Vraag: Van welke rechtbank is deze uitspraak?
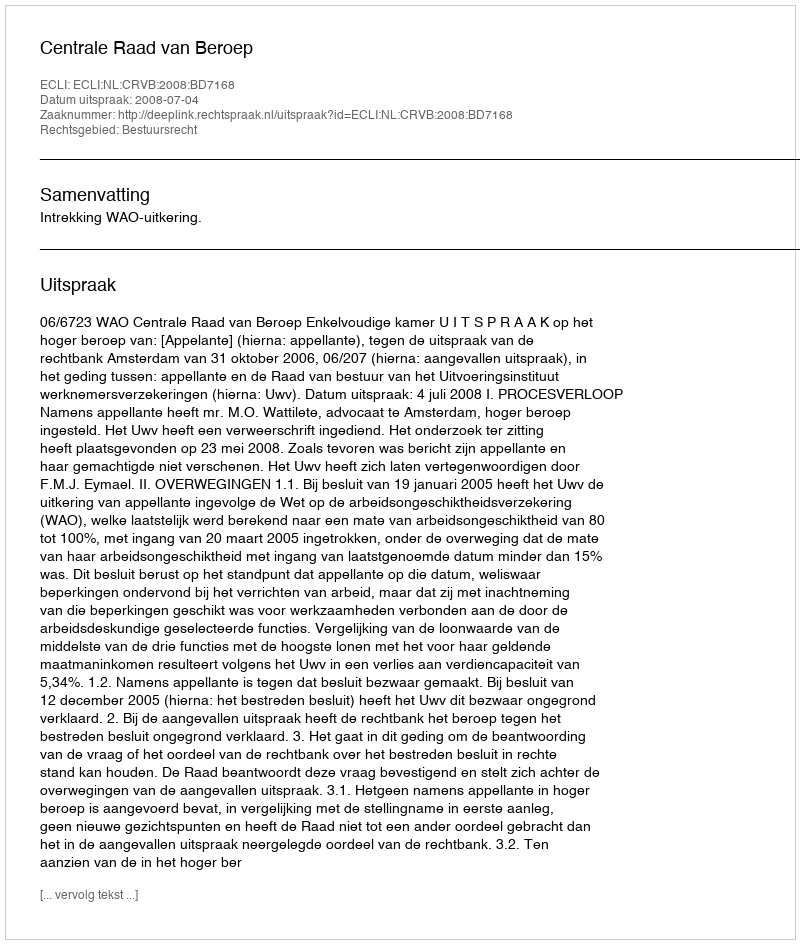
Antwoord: Centrale Raad van Beroep